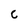
Character: C